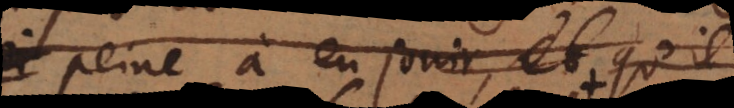
la peine à en jouir, et qu’i